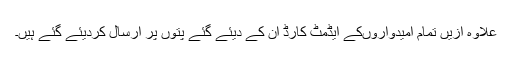
علاوہ ازیں تمام امیدواروںکے ایڈمٹ کارڈ ان کے دیئے گئے پتوں پر ارسال کردیئے گئے ہیں۔